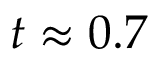
t \approx 0 . 7